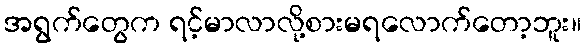
အရွက်တွေက ရင့်မာလာလို့စားမရလောက်တော့ဘူး။